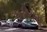
પરીચય